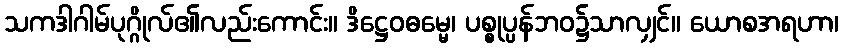
သကဒါဂါမ်ပုဂ္ဂိုလ်၏လည်းကောင်း။ ဒိဋ္ဌေဝဓမ္မေ၊ ပစ္စုပ္ပန်ဘဝ၌သာလျှင်။ ယောစအရဟာ၊